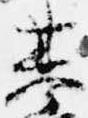
基